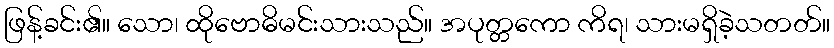
ဖြန့်ခင်း၏။ သော၊ ထိုဗောဓိမင်းသားသည်။ အပုတ္တကော ကိရ၊ သားမရှိခဲ့သတတ်။